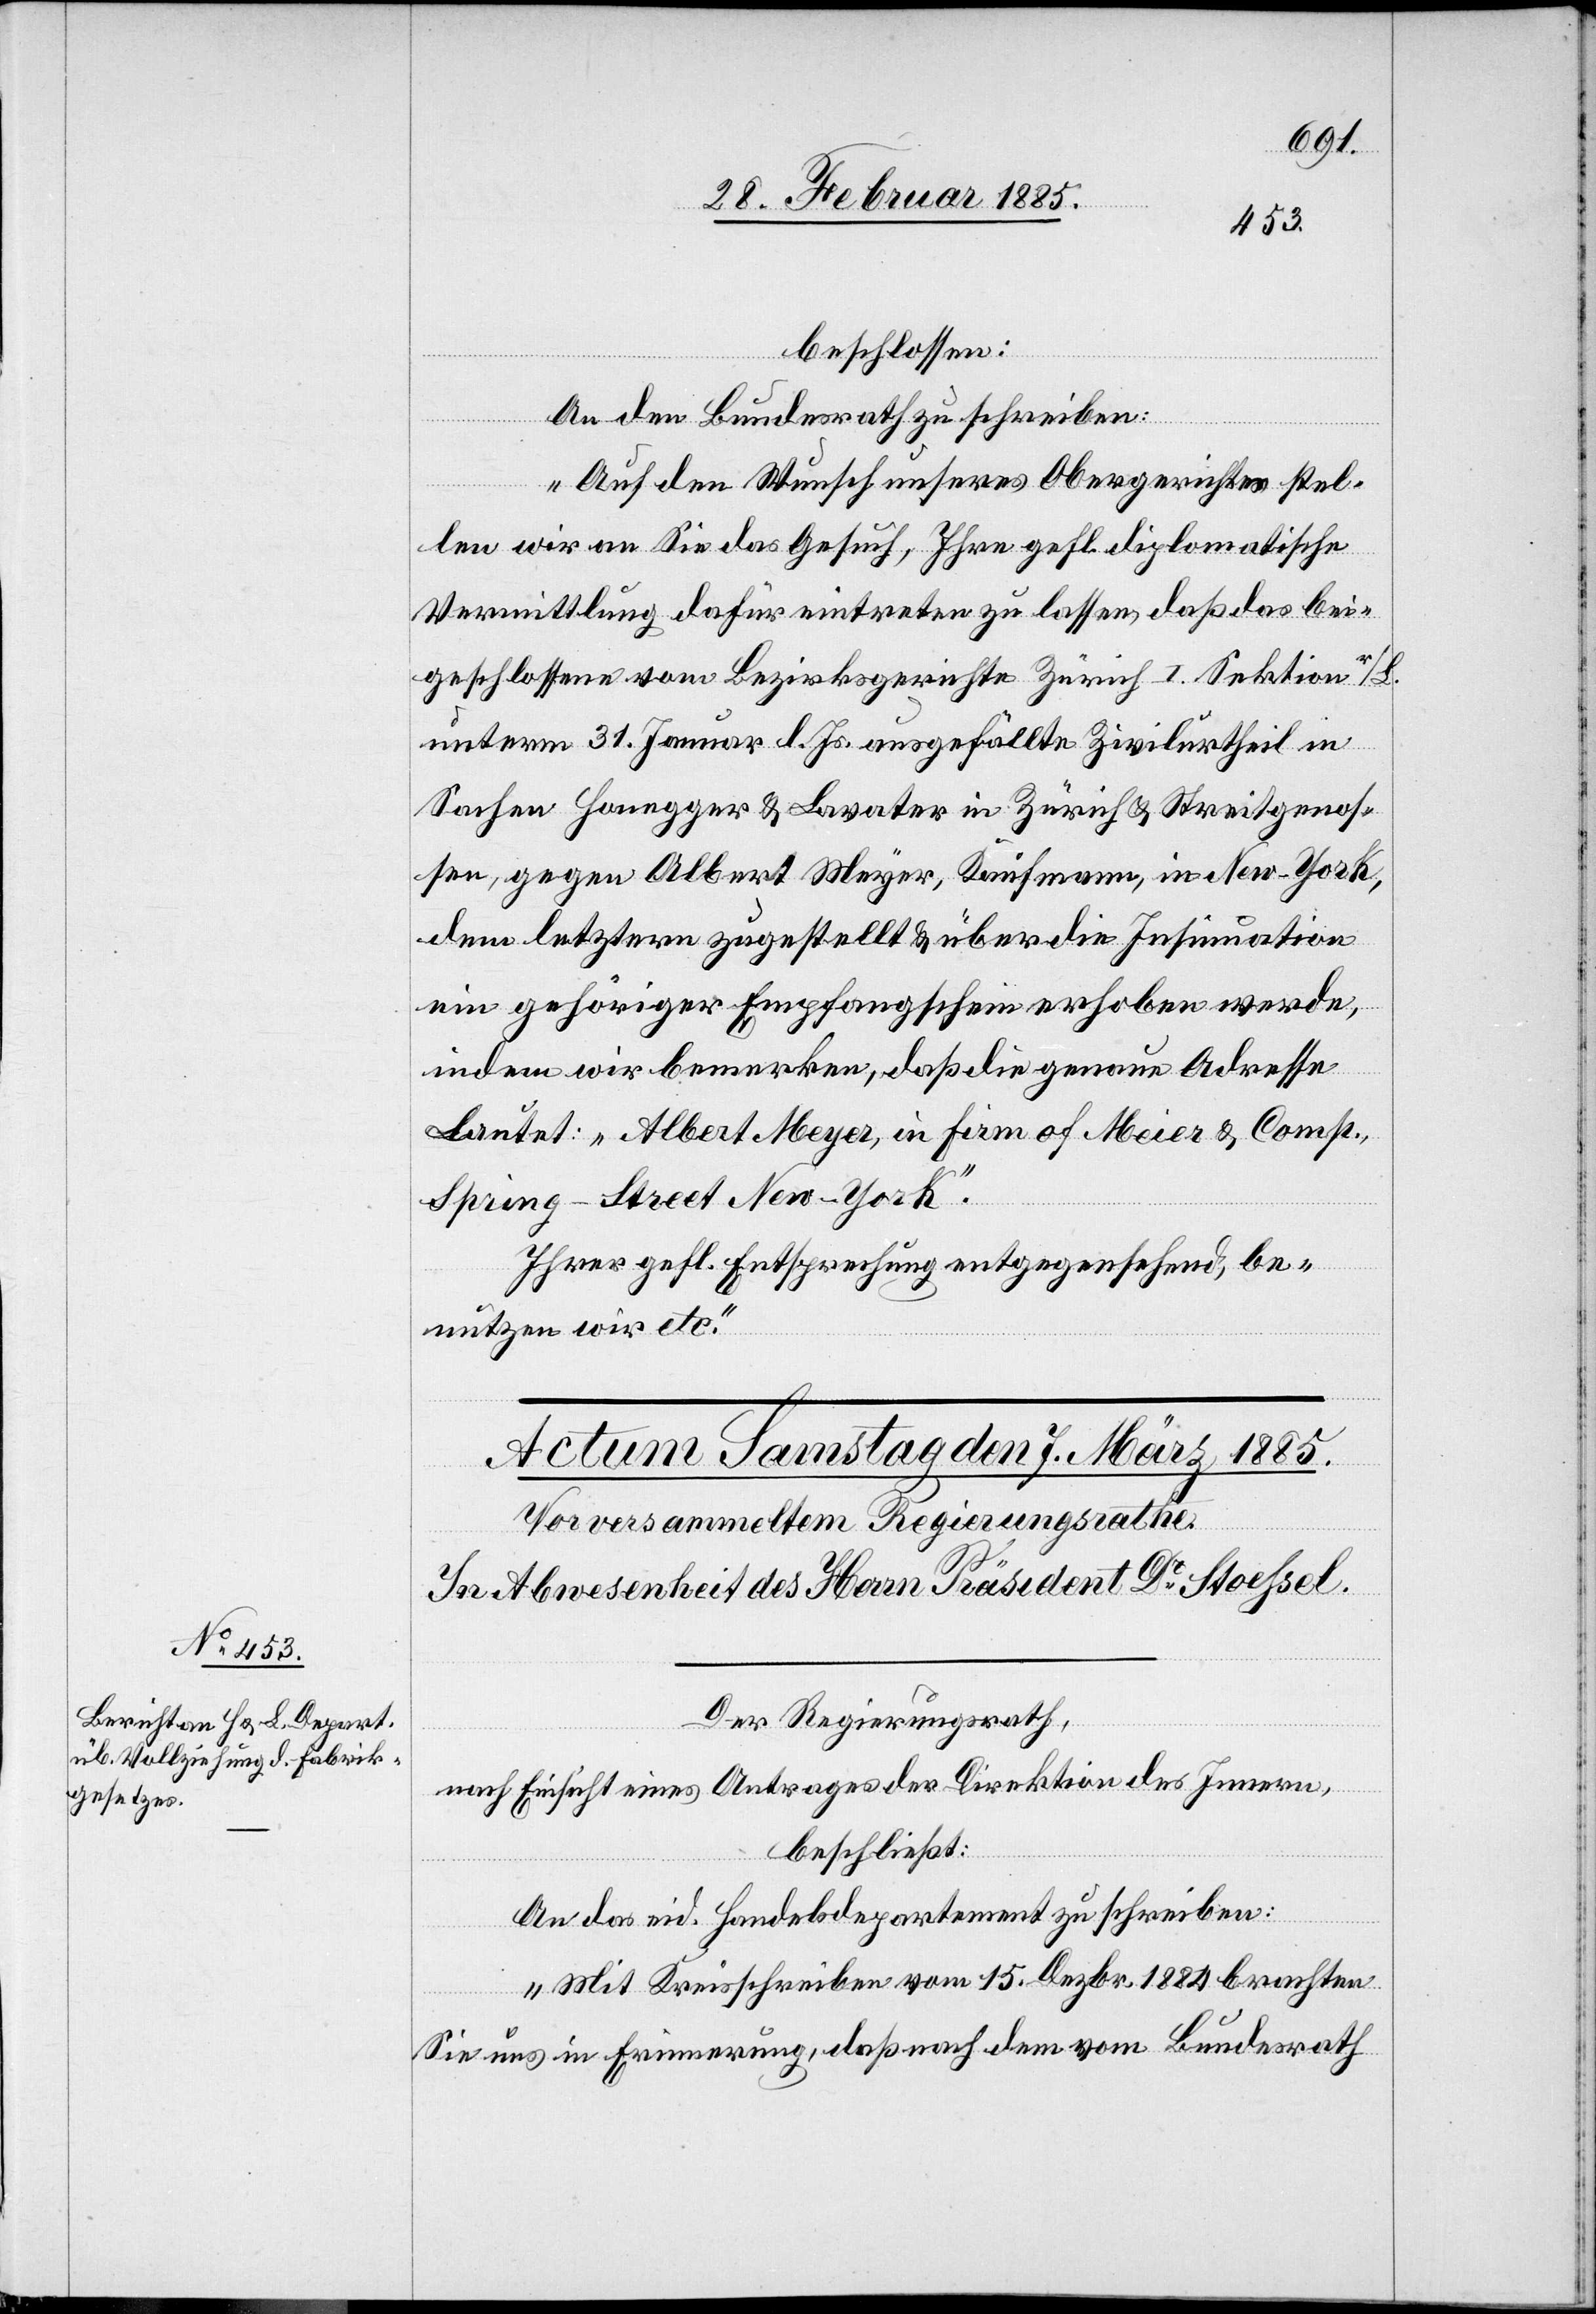
beschlossen:
An den Bundesrath zu schreiben:
„Auf den Wunsch unseres Obergerichtes stel¬
len wir an Sie das Gesuch, Ihre gefl. diplomatische
Vermittlung dafür eintreten zu lassen, daß das bei¬
geschlossene vom Bezirksgerichte Zürich I. Sektion r/L.
unterm 31. Januar l. Js. ausgefällte Zivilurtheil in
Sachen Honegger & Lavater in Zürich & Streitgenos¬
sen, gegen Albert Meyer, Kaufmann, in New-York,
dem letztern zugestellt & über die Insinuation
ein gehöriger Empfangschein erhoben werde,
indem wir bemerkten, daß die genaue Adresse
Lautet: „Albert Meyer, in Firm of Meier & Comp.,
Spring-Street New-York“.
Ihrer gefl. Entsprechung entgegensehend, be¬
nutzen wir etc.“
Der Regierungsrath,
nach Einsicht eines Antrages der Direktion des Innern,
beschließt:
An das eid. Handelsdepartement zu schreiben:
„Mit Kreisschreiben vom 15. Dezbr. 1884 brachten
Sie uns in Erinnerung, daß nach dem vom Bundesrath